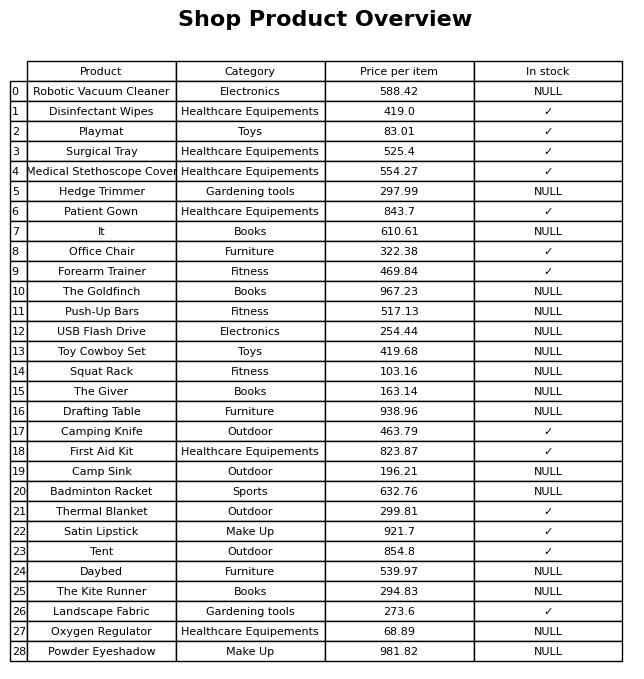
question: What is the price for The Giver?
answer: The price of The Giver is 163.14.